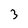
Character: 3